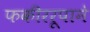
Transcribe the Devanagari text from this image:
फकीररूपाने